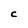
Character: C